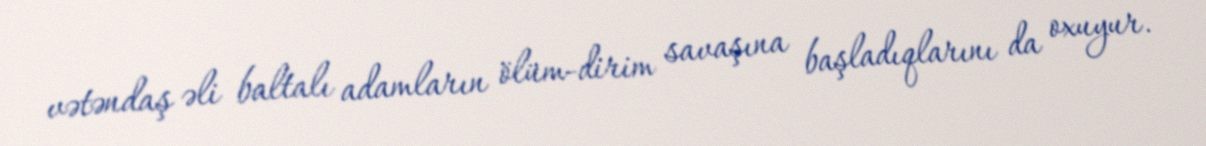
vətəndaş əli baltalı adamların ölüm-dirim savaşına başladıqlarını da oxuyur.